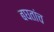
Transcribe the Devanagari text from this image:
बघतांच